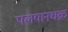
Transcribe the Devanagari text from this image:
पलयानचक्र